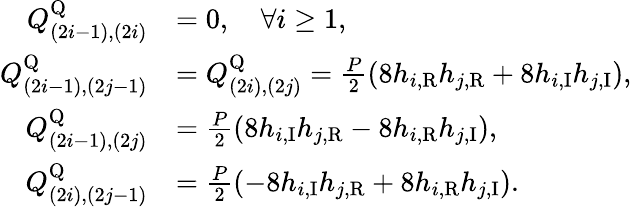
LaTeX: \begin{array}{rl}{Q_{(2i-1),(2i)}^{\mathrm{Q}}}&{=0,\quad\forall i\ge 1,}\\ {Q_{(2i-1),(2j-1)}^{\mathrm{Q}}}&{=Q_{(2i),(2j)}^{\mathrm{Q}}=\frac{P}{2}\left(8h_{i,\mathrm{R}}h_{j,\mathrm{R}}+8h_{i,\mathrm{I}}h_{j,\mathrm{I}}\right),}\\ {Q_{(2i-1),(2j)}^{\mathrm{Q}}}&{=\frac{P}{2}\left(8h_{i,\mathrm{I}}h_{j,\mathrm{R}}-8h_{i,\mathrm{R}}h_{j,\mathrm{I}}\right),}\\ {Q_{(2i),(2j-1)}^{\mathrm{Q}}}&{=\frac{P}{2}\left(-8h_{i,\mathrm{I}}h_{j,\mathrm{R}}+8h_{i,\mathrm{R}}h_{j,\mathrm{I}}\right).}\end{array}